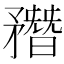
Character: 𥎑